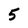
Character: 5